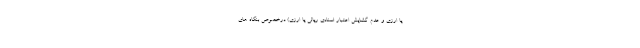
یا ارزی و عدم گشایش اعتبار اسنادی ریالی یا ارزی) درخصوص بنگاه های